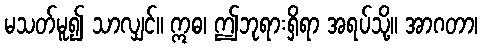
မသတ်မူ၍ သာလျှင်။ ဣဓ၊ ဤဘုရားရှိရာ အရပ်သို့။ အာဂတာ၊